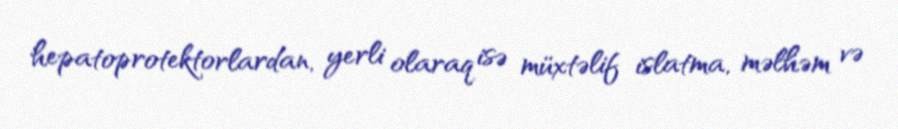
hepatoprotektorlardan, yerli olaraq isə müxtəlif islatma, məlhəm və